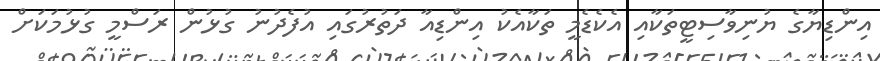
އިންޑިޔާގެ ޔުނިވާސިޓީތަކާއި އެކެޑެމީ ތަކާއެކު އިންޑިއާ ދަތުރުގައި އުފެދުނު ގުޅުން ރަސްމީ ގުޅުމަކަށް